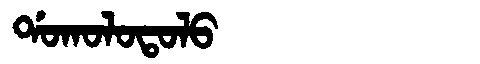
Manchu: ᡩᠣᡴᠣᠯᠣᡨᠣᠯᠣ
Romanization: DOKOLOTOLO